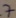
Text: 7